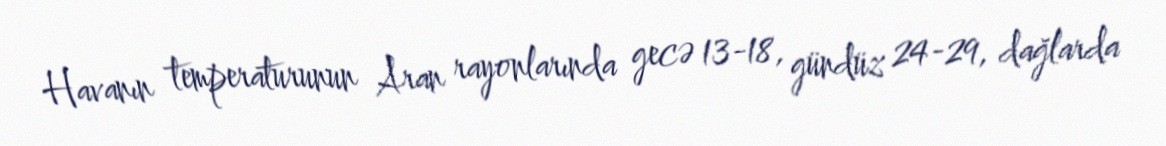
Havanın temperaturunun Aran rayonlarında gecə 13-18, gündüz 24-29, dağlarda